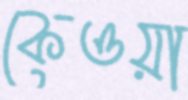
কেওয়া